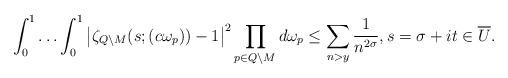
LaTeX: \begin{align*}\int_0^1\ldots\int_0^1\left|\zeta_{Q\setminus M}(s;(c\omega_p))-1\right|^2 \prod_{p\in Q\setminus M}d\omega_p\leq \sum_{n>y}\frac{1}{n^{2\sigma}},s=\sigma+it\in\overline{U}.\end{align*}